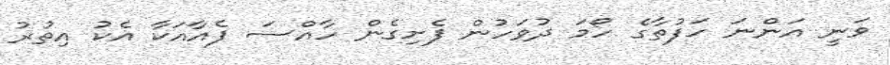
ވަނީ އަންނަ ހަފުތާގެ ހޯމަ ދުވަހުން ފެށިގެން ހާއްސަ ފެއާއަކާ އެކު އިތުރު